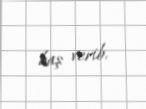
baş verib.